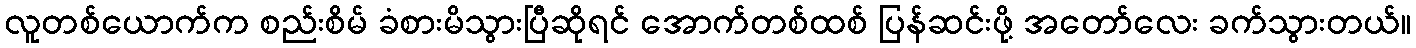
လူတစ်ယောက်က စည်းစိမ် ခံစားမိသွားပြီဆိုရင် အောက်တစ်ထစ် ပြန်ဆင်းဖို့ အတော်လေး ခက်သွားတယ်။